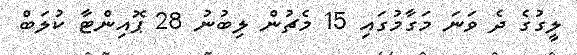
ލީގުގެ ދެ ވަނަ މަގާމުގައި 15 މެޗުން ލިބުނު 28 ޕޮއިންޓާ ކުލަބް